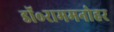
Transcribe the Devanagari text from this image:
डॉ॰राममनोहर